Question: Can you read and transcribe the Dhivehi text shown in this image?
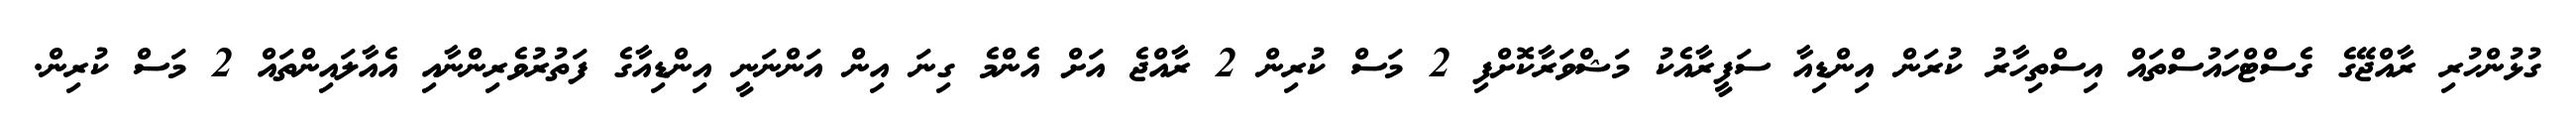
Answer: ގުޅުންހުރި ރާއްޖޭގެ ގެސްޓްހައުސްތައް އިސްތިހާރު ކުރަން އިންޑިއާ ސަފީރާއެކު މަޝްވަރާކޮށްފި 2 މަސް ކުރިން 2 ރާއްޖެ އަށް އެންމެ ގިނަ އިން އަންނަނީ އިންޑިއާގެ ފަތުރުވެރިންނާއި އެއާލައިންތައް 2 މަސް ކުރިން.